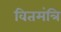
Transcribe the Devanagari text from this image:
वितमंत्रि